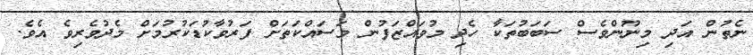
ނެތުން އަދި މިނޫންވެސް ސަބަބުތަކާ ހެދި މުވައްޒަފުން މަސައްކަތަށް ފަރުވާކުޑަކުރުމަށް މެދުވެރިވެ އެވެ.